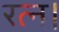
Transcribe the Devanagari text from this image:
रत्न।